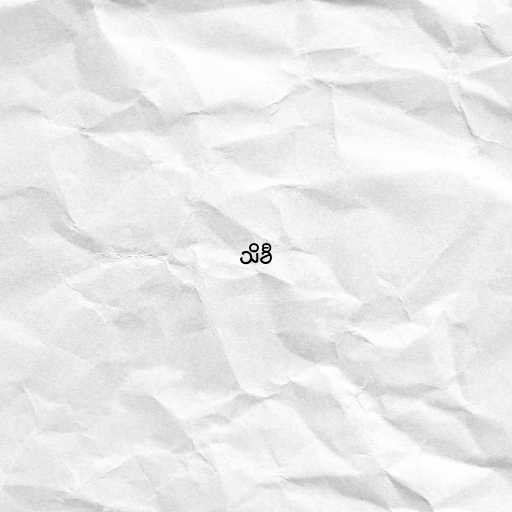
သိခီ